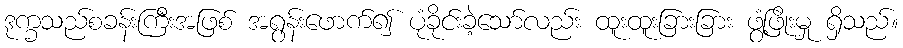
ဒုက္ခသည်စခန်းကြီးအဖြစ် အရွန်းဖောက်၍ ပုံခိုင်းခဲ့သော်လည်း ထူးထူးခြားခြား ဖွံ့ဖြိုးမှု ရှိသည်။